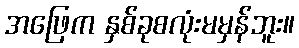
အဖြေက နှစ်ခုစလုံးမမှန်ဘူး။